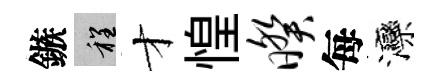
鏃程才惶暌每灤